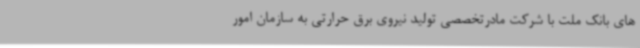
های بانک ملت با شرکت‌ مادرتخصصی تولید نیروی برق حرارتی به سازمان امور